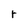
Character: r